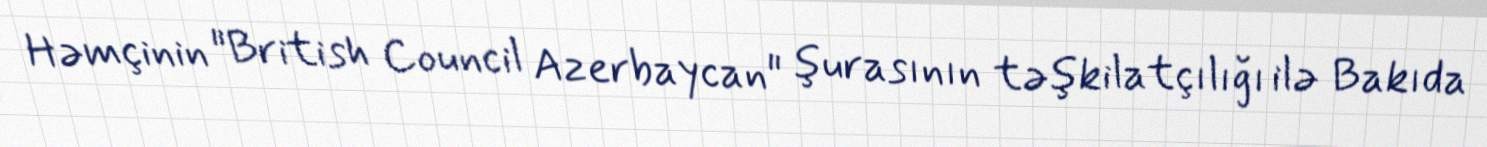
Həmçinin "British Council Azerbaycan" şurasının təşkilatçılığı ilə Bakıda